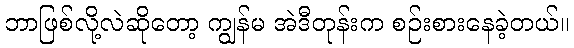
ဘာဖြစ်လို့လဲဆိုတော့ ကျွန်မ အဲဒီတုန်းက စဉ်းစားနေခဲ့တယ်။